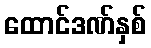
ထောင်ဒဏ်နှစ်